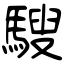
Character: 騪